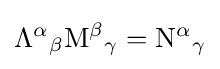
\Lambda ^{\alpha }{}_{\beta }\mathrm {M} ^{\beta }{}_{\gamma }=\mathrm {N} ^{\alpha }{}_{\gamma }